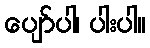
ပျော်ပါ၊ ပါးပါ။